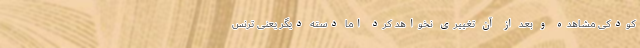
کودکی مشاهده و بعد از آن تغییری نخواهد کرد اما دسته دیگر یعنی ترنس